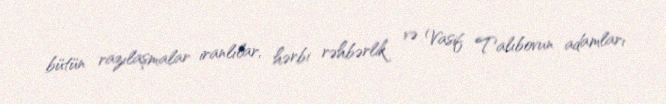
bütün razılaşmalar iranlılar, hərbi rəhbərlik və Vasif Talıbovun adamları